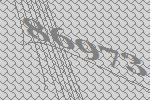
86973